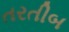
તરતીબ